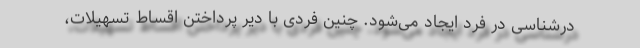
درشناسی در فرد ایجاد می‌شود. چنین فردی با دیر پرداختن اقساط تسهیلات،